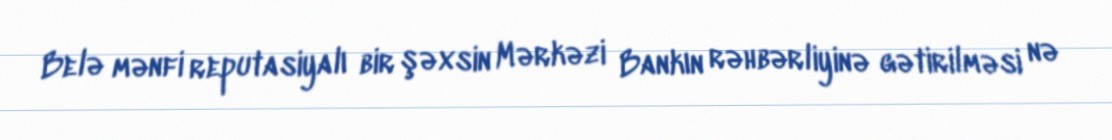
Belə mənfi reputasiyalı bir şəxsin Mərkəzi Bankın rəhbərliyinə gətirilməsi nə